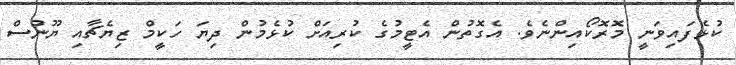
ކުޅެފައިވަނީ މޮރޮކޯއިންނެވެ. އެގޮތުން އެޓީމުގެ ކުރިއަށް ކުޅެމުން ދިޔަ ހަކީމް ޒިޔެޗާއި ޔޫނުސް